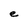
Character: e